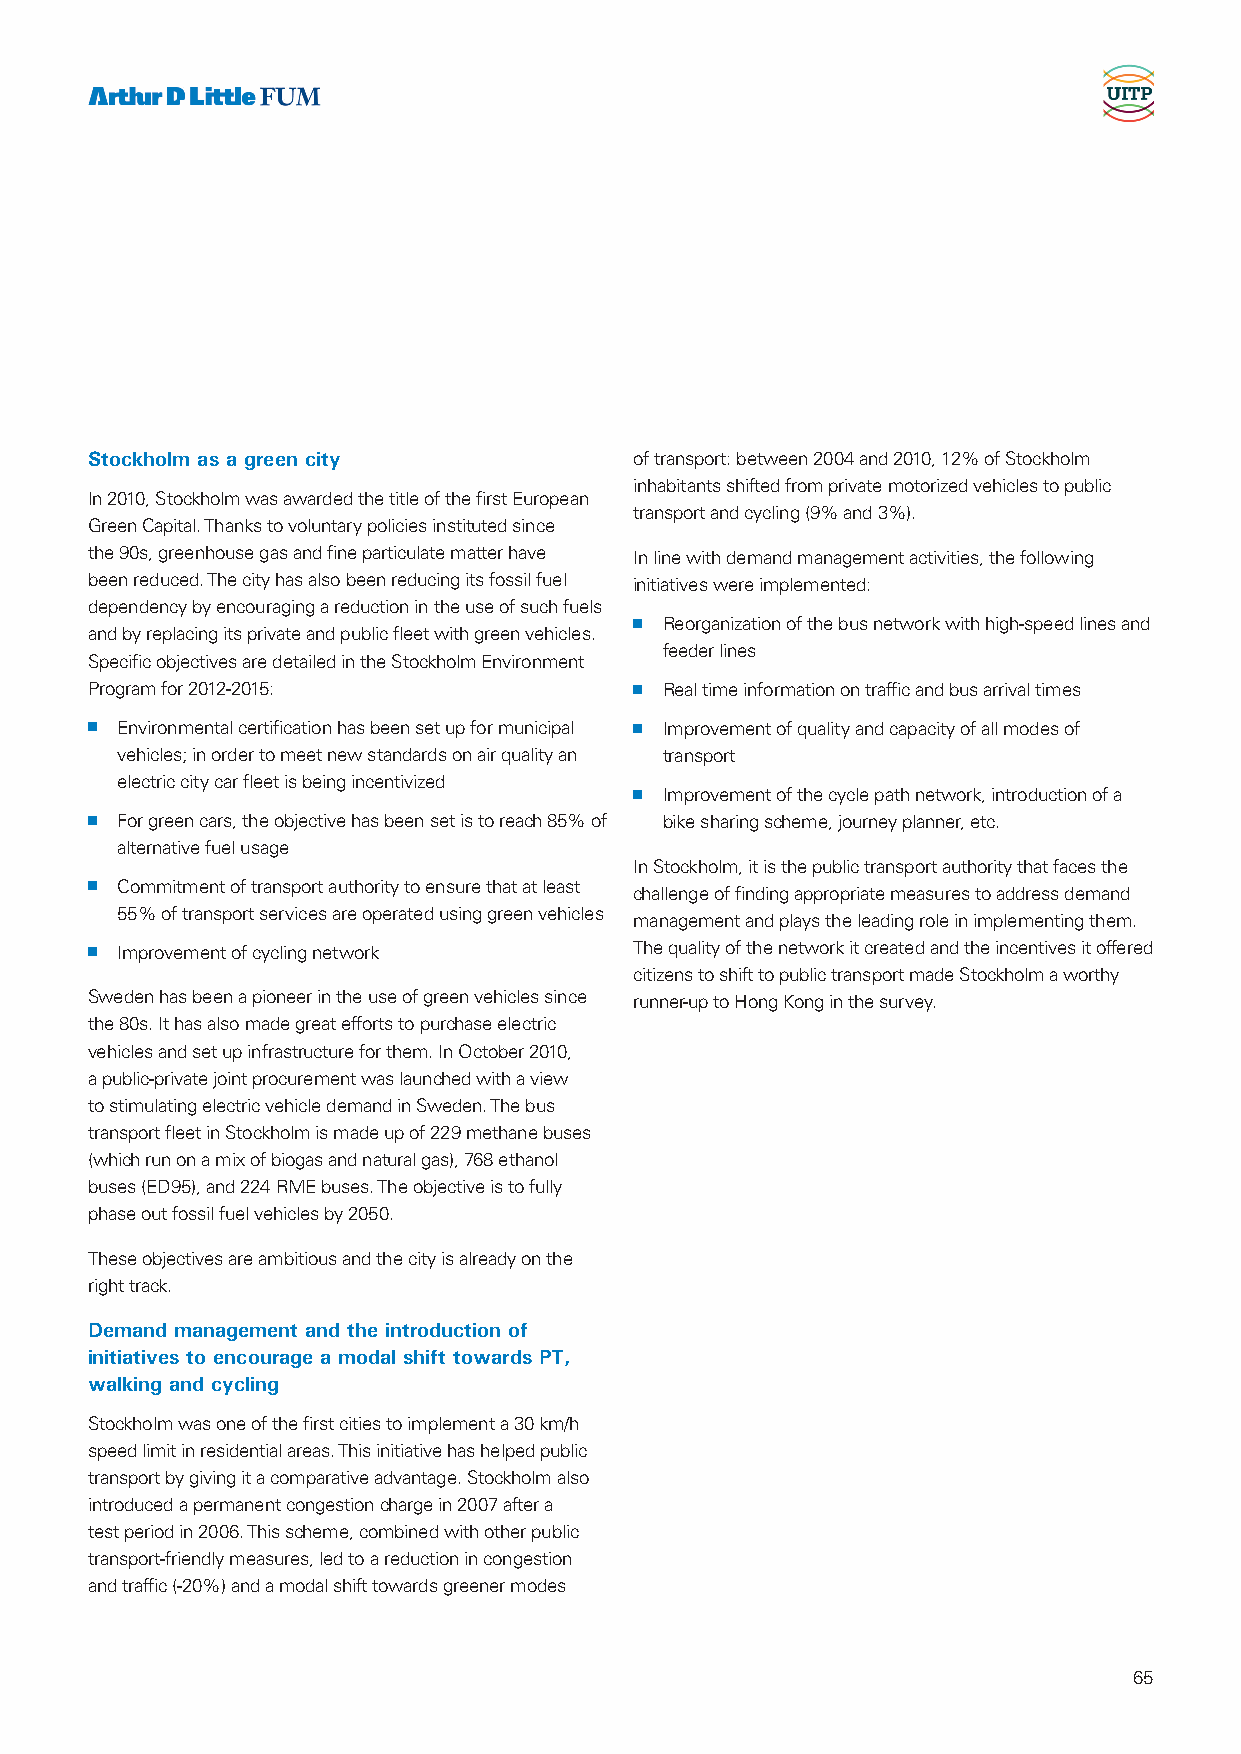
Stockholm as a green city           of transport: between 2004 and 2010, 12% of Stockholm
 inhabitants shifted from private motorized vehicles to public
 In 2010, Stockholm was awarded the title of the first European
 transport and cycling (9% and 3%).
 Green Capital. Thanks to voluntary policies instituted since
 the 90s, greenhouse gas and fine particulate matter have In line with demand management activities, the following
 been reduced. The city has also been reducing its fossil fuel initiatives were implemented:
 dependency by encouraging a reduction in the use of such fuels
 n Reorganization of the bus network with high-speed lines and
 and by replacing its private and public fleet with green vehicles.
 feeder lines
 Specific objectives are detailed in the Stockholm Environment
 Program for 2012-2015:              n Real time information on traffic and bus arrival times
 n Environmental certification has been set up for municipal n Improvement of quality and capacity of all modes of
 vehicles; in order to meet new standards on air quality an transport
 electric city car fleet is being incentivized
 n Improvement of the cycle path network, introduction of a
 n For green cars, the objective has been set is to reach 85% of bike sharing scheme, journey planner, etc.
 alternative fuel usage
 In Stockholm, it is the public transport authority that faces the
 n Commitment of transport authority to ensure that at least challenge of finding appropriate measures to address demand
 55% of transport services are operated using green vehicles
 management and plays the leading role in implementing them.
 n Improvement of cycling network    The quality of the network it created and the incentives it offered
 citizens to shift to public transport made Stockholm a worthy
 Sweden has been a pioneer in the use of green vehicles since runner-up to Hong Kong in the survey.
 the 80s. It has also made great efforts to purchase electric
 vehicles and set up infrastructure for them. In October 2010,
 a public-private joint procurement was launched with a view
 to stimulating electric vehicle demand in Sweden. The bus
 transport fleet in Stockholm is made up of 229 methane buses
 (which run on a mix of biogas and natural gas), 768 ethanol
 buses (ED95), and 224 RME buses. The objective is to fully
 phase out fossil fuel vehicles by 2050.
 These objectives are ambitious and the city is already on the
 right track.
 Demand management and the introduction of
 initiatives to encourage a modal shift towards PT,
 walking and cycling
 Stockholm was one of the first cities to implement a 30 km/h
 speed limit in residential areas. This initiative has helped public
 transport by giving it a comparative advantage. Stockholm also
 introduced a permanent congestion charge in 2007 after a
 test period in 2006. This scheme, combined with other public
 transport-friendly measures, led to a reduction in congestion
 and traffic (-20%) and a modal shift towards greener modes
 65